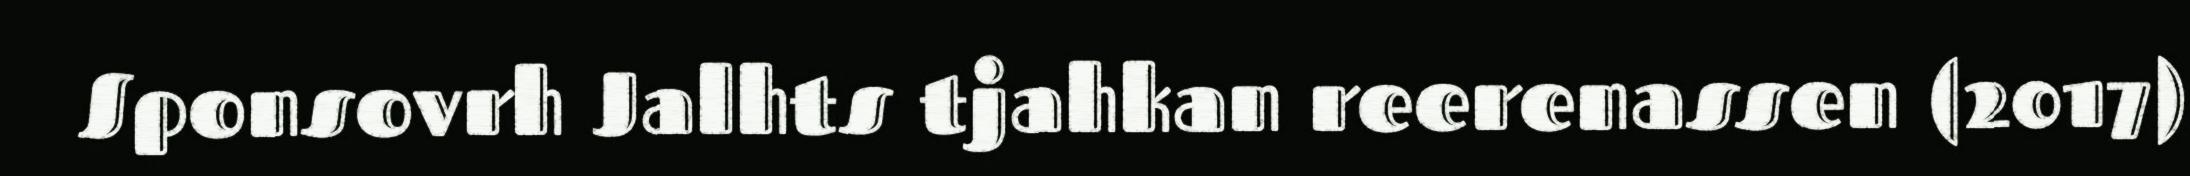
Sponsovrh Jalhts tjahkan reerenassen (2017)